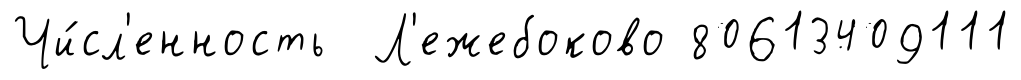
Чи́сл'енность Л'ежебоково 80613409111